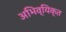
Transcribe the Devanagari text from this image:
अभिव्यिक्त